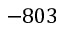
- 8 0 3